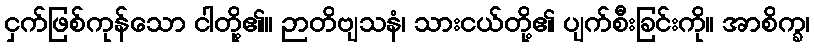
ငှက်ဖြစ်ကုန်သော ငါတို့၏။ ဉာတိဗျသနံ၊ သားငယ်တို့၏ ပျက်စီးခြင်းကို။ အာစိက္ခ၊